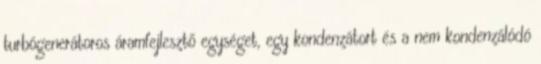
turbógenerátoros áramfejlesztő egységet, egy kondenzátort és a nem kondenzálódó